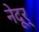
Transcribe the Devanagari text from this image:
नेदूर्